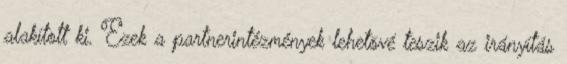
alakított ki. Ezek a partnerintézmények lehetõvé teszik az irányítás